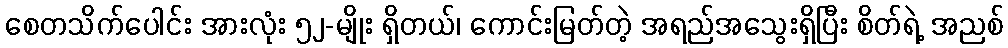
စေတသိက်ပေါင်း အားလုံး ၅၂-မျိုး ရှိတယ်၊ ကောင်းမြတ်တဲ့ အရည်အသွေးရှိပြီး စိတ်ရဲ့ အညစ်